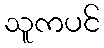
သူကပင်